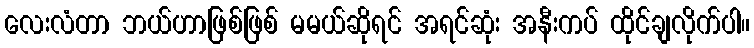
လေးလံတာ ဘယ်ဟာဖြစ်ဖြစ် မမယ်ဆိုရင် အရင်ဆုံး အနီးကပ် ထိုင်ချလိုက်ပါ။